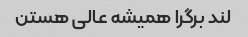
لند برگرا همیشه عالی هستن